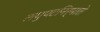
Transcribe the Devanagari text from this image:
लघुपटनिर्माते